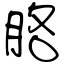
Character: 胳